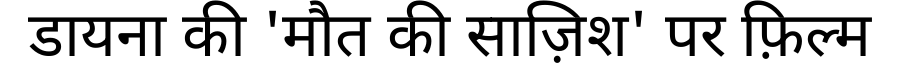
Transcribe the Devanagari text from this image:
डायना की 'मौत की साज़िश' पर फ़िल्म